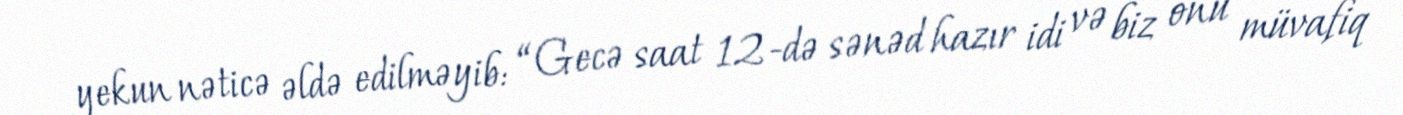
yekun nəticə əldə edilməyib: “Gecə saat 12-də sənəd hazır idi və biz onu müvafiq